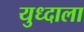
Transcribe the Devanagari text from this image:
युध्दाला